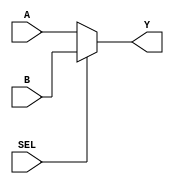
module mux_2to1 (
    input A,
    input B,
    input SEL,
    output Y
);

assign Y = (SEL == 1) ? B : A;

endmodule